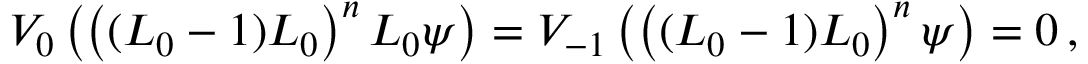
V _ { 0 } \left( \left( ( L _ { 0 } - 1 ) L _ { 0 } \right) ^ { n } L _ { 0 } \psi \right) = V _ { - 1 } \left( \left( ( L _ { 0 } - 1 ) L _ { 0 } \right) ^ { n } \psi \right) = 0 \, ,